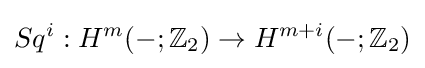
Sq^{i}:H^{m}(-;\mathbb {Z} _{2})\to H^{m+i}(-;\mathbb {Z} _{2})